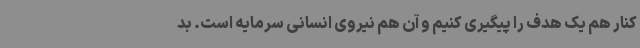
کنار هم یک هدف را پیگیری کنیم و آن هم نیروی انسانی سرمایه است. بد